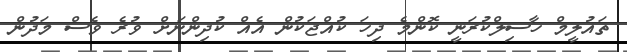
ތައުލީމް ހާސިލްކުރަނީ ކޮންމެ ދިހަ ކުއްޖަކުން އެއް ކުދިންނަށް ވުރެ ވެސް މަދުން